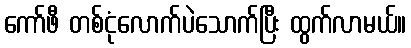
ကော်ဖီ တစ်ငုံလောက်ပဲသောက်ပြီး ထွက်လာမယ်။